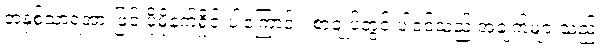
အနှစ်သာရအားဖြင့် ပိုမိုနက်ရှိုင်းပါကြောင်း၊ စာချုပ်တွင် ပါဝင်သည့် အချက်များသည်